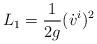
LaTeX: \begin{align*}L_1 = \frac{1}{2g}(\dot v^i)^2\end{align*}